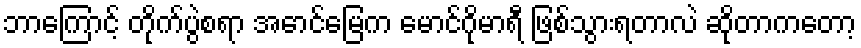
ဘာကြောင့် တိုက်ပွဲစရာ အောင်မြေက မောင်ဂိုမာရီ ဖြစ်သွားရတာလဲ ဆိုတာကတော့